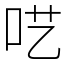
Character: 呓